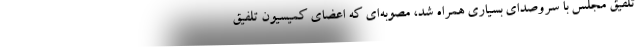
تلفیق مجلس با سروصدای بسیاری همراه شد، مصوبه‌ای که اعضای کمیسیون تلفیق